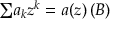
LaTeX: { \textstyle \sum } a _ { k } z ^ { k } = a ( z ) \, ( \boldsymbol { B } )